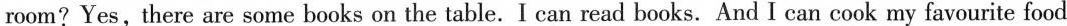
room?Yes,there are some books on the table. I can read books. And I can cook my favourite food